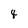
Character: 4